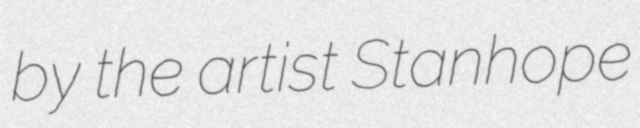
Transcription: by the artist Stanhope